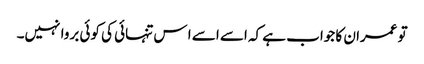
تو عمران کا جواب ہے کہ اسے اسے ا س تنہائی کی کوئی بروا نہیں۔